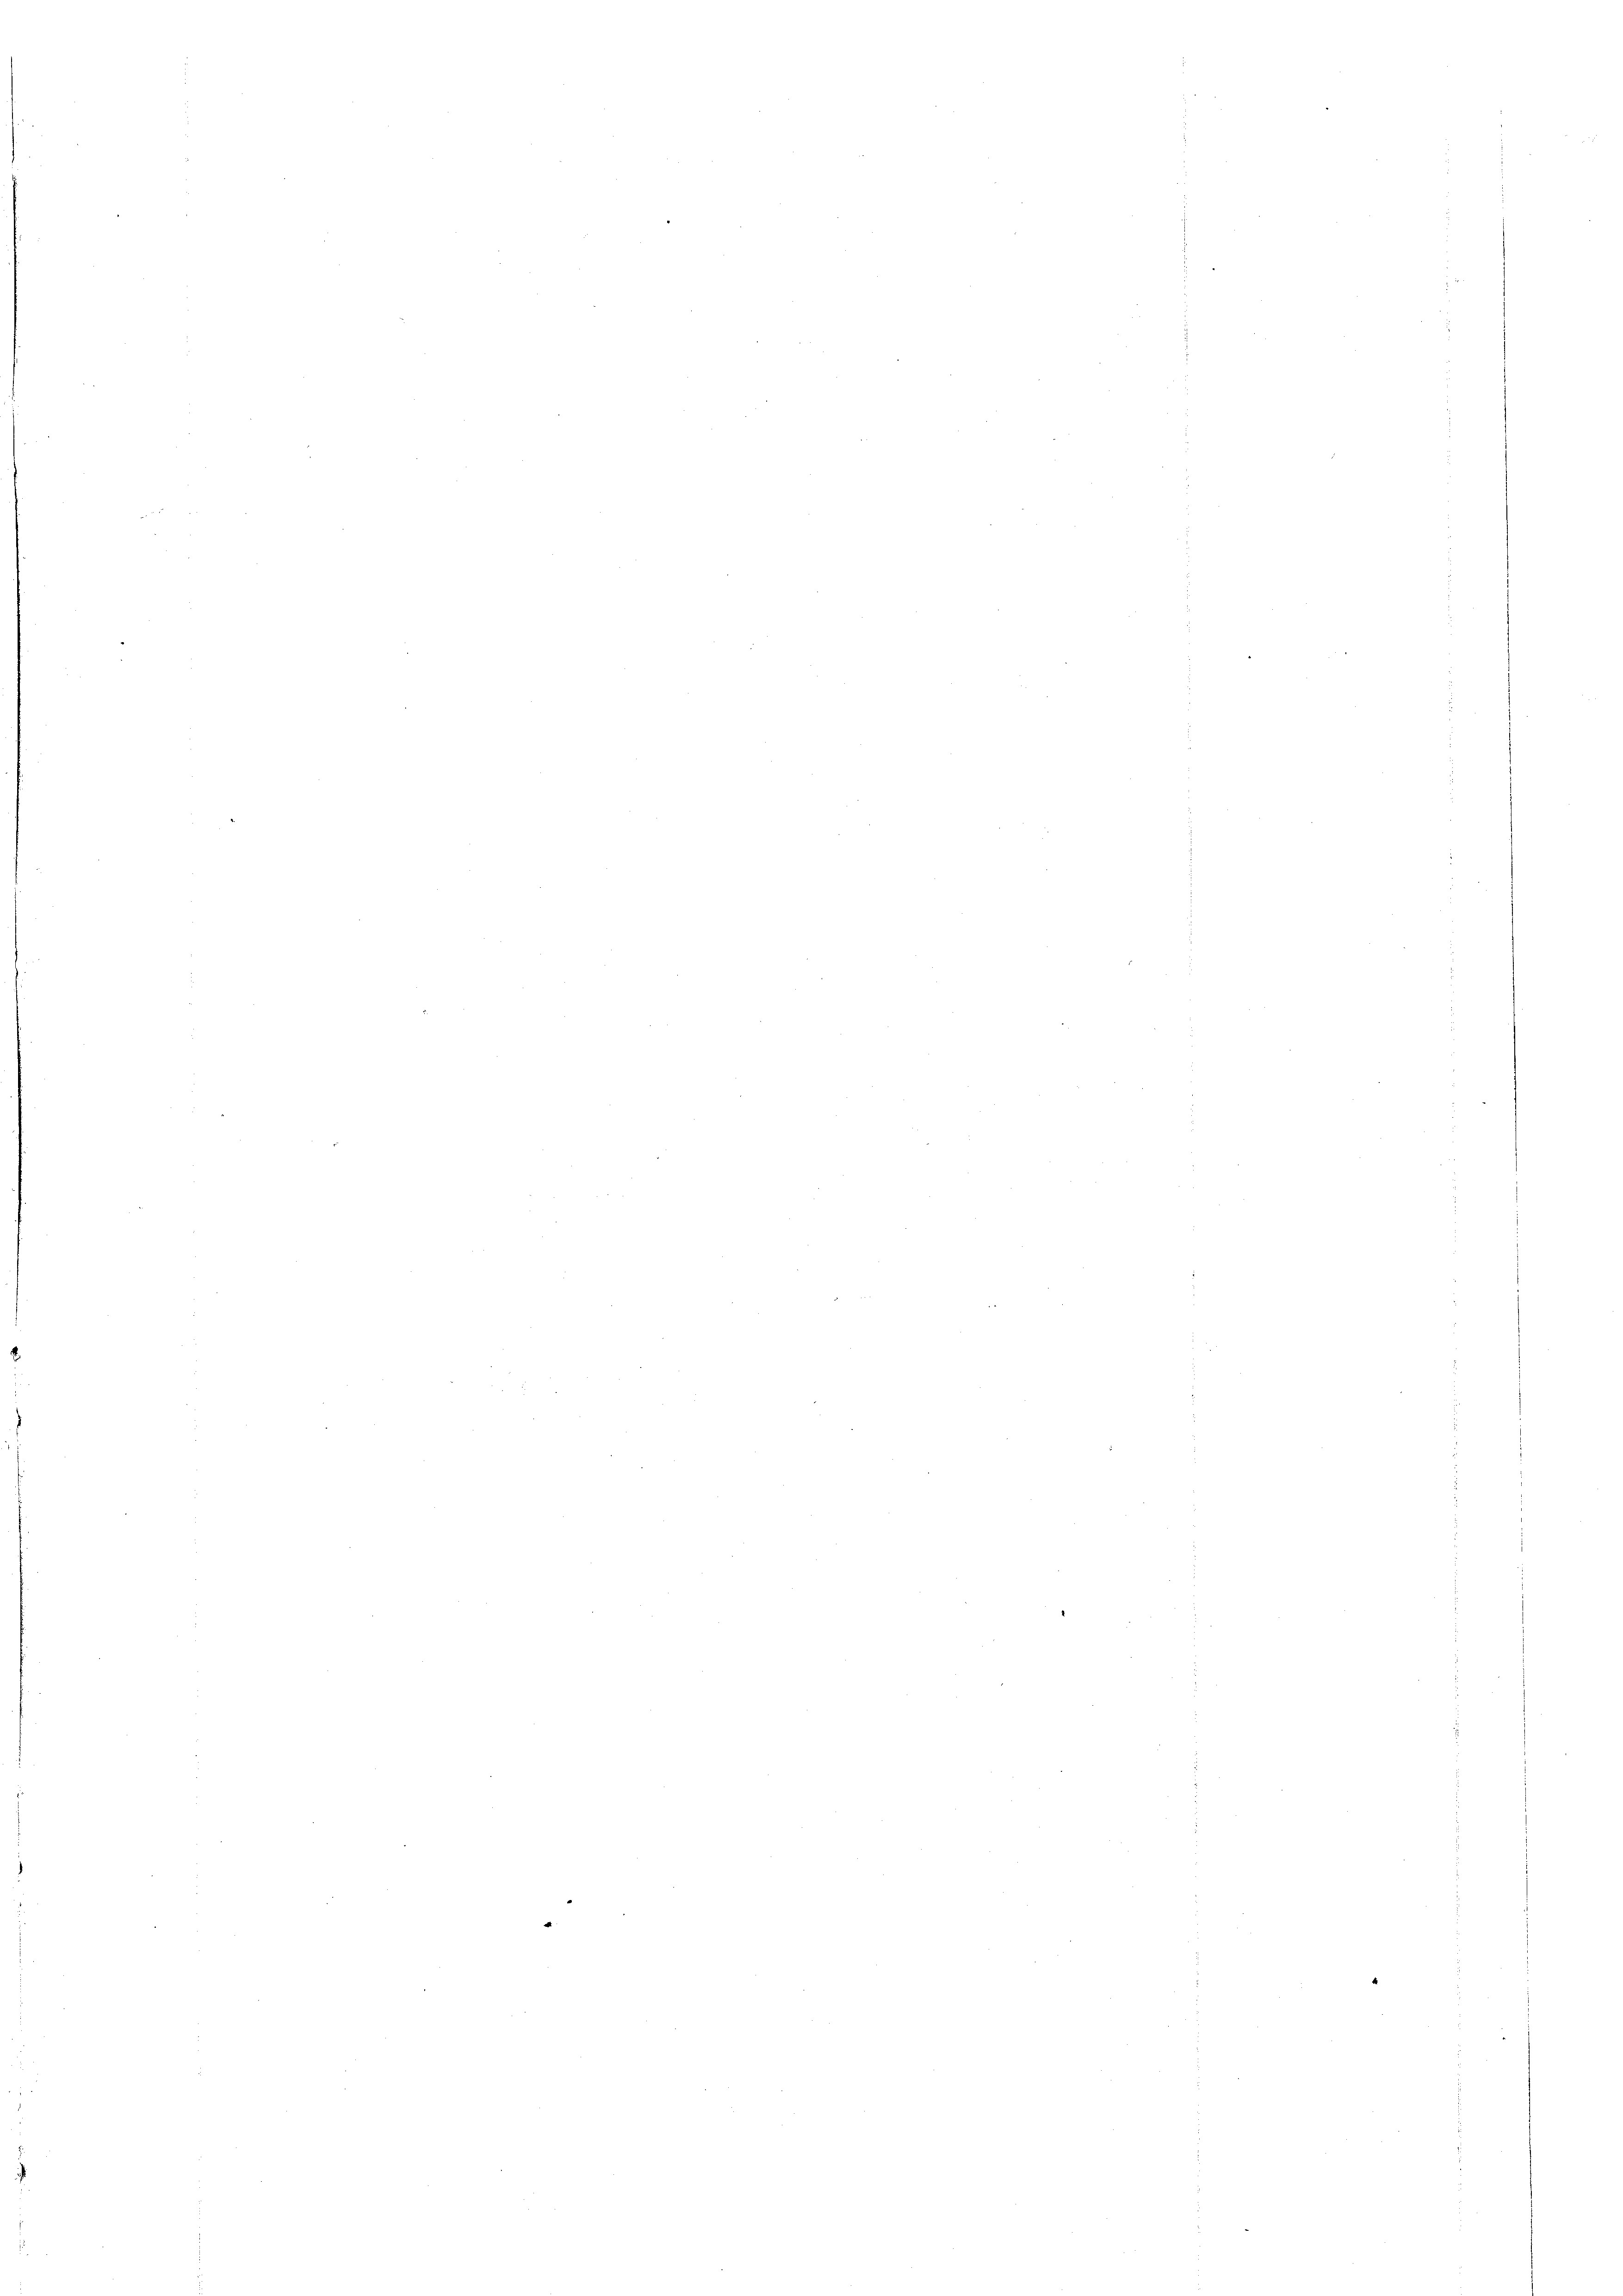
u

s

e

n